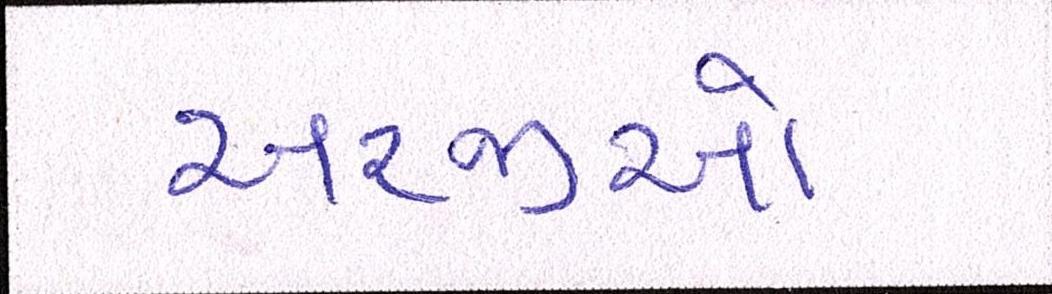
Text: અરજીઓ